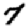
Digit: 7